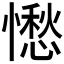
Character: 𱟓